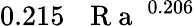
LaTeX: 0.215\, \mathrm{~\textit~{~R~a~}~}^{0.206}